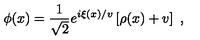
\phi ( x ) = \frac { 1 } { \sqrt { 2 } } e ^ { i \xi ( x ) / v } \left[ \rho ( x ) + v \right] \ ,